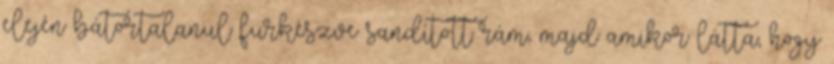
elején bátortalanul fürkészve sandított rám, majd amikor látta, hogy